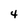
Character: 4